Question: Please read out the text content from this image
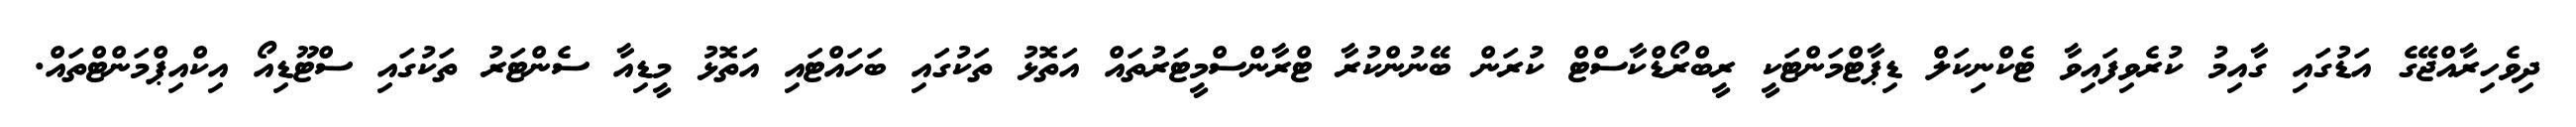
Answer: ދިވެހިރާއްޖޭގެ އަޑުގައި ގާއިމު ކުރެވިފައިވާ ޓެކްނިކަލް ޑިޕާޓްމަންޓަކީ ރީބްރޯޑްކާސްޓް ކުރަން ބޭނުންކުރާ ޓްރާންސްމީޓަރުތައް އަތޮޅު ތަކުގައި ބަހައްޓައި އަތޮޅު މީޑިއާ ސެންޓަރު ތަކުގައި ސްޓޫޑިއޯ އިކްއިޕްމަންޓްތައް.